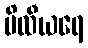
ပိထီယရေ